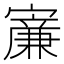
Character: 𡫐